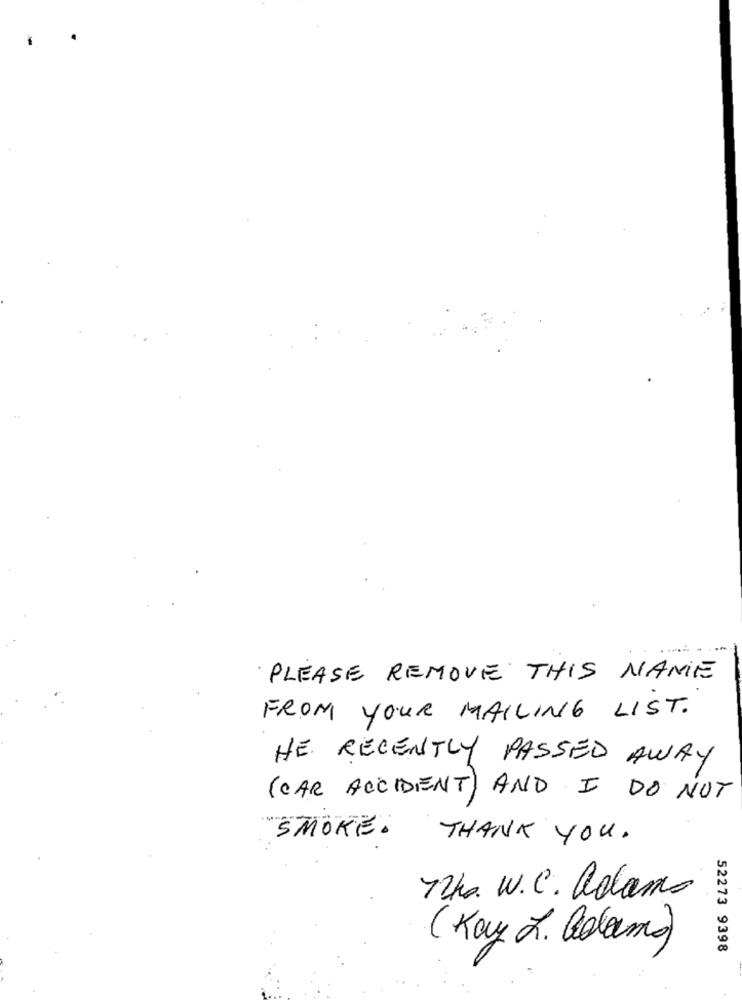
PLEASE REMOVE THIS NAME
FROM YOUR MAILING LIST.
HE RECENTLY PASSED AWAY
(CAR ACCIDENT) AND I DO NOT
SMOKE.
THANK YOU .
12ks. W.C. adams
( Kay L. adama)
52273 9398